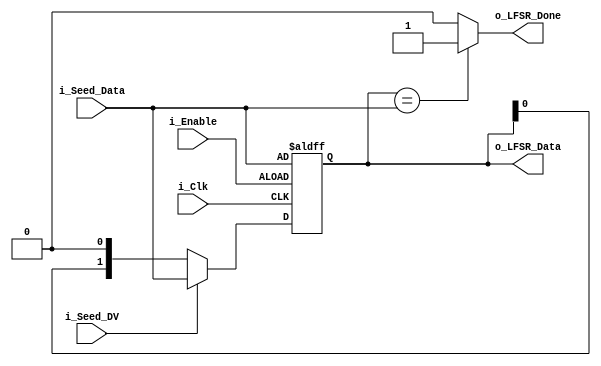
module LFSR (
	i_Clk,
	i_Enable,
	i_Seed_DV,
	i_Seed_Data,
	o_LFSR_Data,
	o_LFSR_Done
);
	parameter NUM_BITS = 0;
	input i_Clk;
	input i_Enable;
	input i_Seed_DV;
	input [NUM_BITS - 1:0] i_Seed_Data;
	output wire [NUM_BITS - 1:0] o_LFSR_Data;
	output wire o_LFSR_Done;
	reg [NUM_BITS:1] r_LFSR = 0;
	reg r_XNOR;
	always @(posedge i_Clk or negedge i_Enable)
		if (~i_Enable)
			r_LFSR <= i_Seed_Data;
		else if (i_Seed_DV == 1'b1)
			r_LFSR <= i_Seed_Data;
		else
			r_LFSR <= {r_LFSR[NUM_BITS - 1:1], r_XNOR};
	always @(*)
		case (NUM_BITS)
			2: r_XNOR = r_LFSR[2] ^ ~r_LFSR[1];
			3: r_XNOR = r_LFSR[3] ^ ~r_LFSR[2];
			4: r_XNOR = r_LFSR[4] ^ ~r_LFSR[3];
			5: r_XNOR = r_LFSR[5] ^ ~r_LFSR[3];
			6: r_XNOR = r_LFSR[6] ^ ~r_LFSR[5];
			7: r_XNOR = r_LFSR[7] ^ ~r_LFSR[6];
			8: r_XNOR = ((r_LFSR[8] ^ ~r_LFSR[6]) ^ ~r_LFSR[5]) ^ ~r_LFSR[4];
			9: r_XNOR = r_LFSR[9] ^ ~r_LFSR[5];
			10: r_XNOR = r_LFSR[10] ^ ~r_LFSR[7];
			11: r_XNOR = r_LFSR[11] ^ ~r_LFSR[9];
			12: r_XNOR = ((r_LFSR[12] ^ ~r_LFSR[6]) ^ ~r_LFSR[4]) ^ ~r_LFSR[1];
			13: r_XNOR = ((r_LFSR[13] ^ ~r_LFSR[4]) ^ ~r_LFSR[3]) ^ ~r_LFSR[1];
			14: r_XNOR = ((r_LFSR[14] ^ ~r_LFSR[5]) ^ ~r_LFSR[3]) ^ ~r_LFSR[1];
			15: r_XNOR = r_LFSR[15] ^ ~r_LFSR[14];
			16: r_XNOR = ((r_LFSR[16] ^ ~r_LFSR[15]) ^ ~r_LFSR[13]) ^ ~r_LFSR[4];
			default: r_XNOR = 1'sb0;
		endcase
	assign o_LFSR_Data = r_LFSR[NUM_BITS:1];
	assign o_LFSR_Done = (r_LFSR[NUM_BITS:1] == i_Seed_Data ? 1'b1 : 1'b0);
endmodule